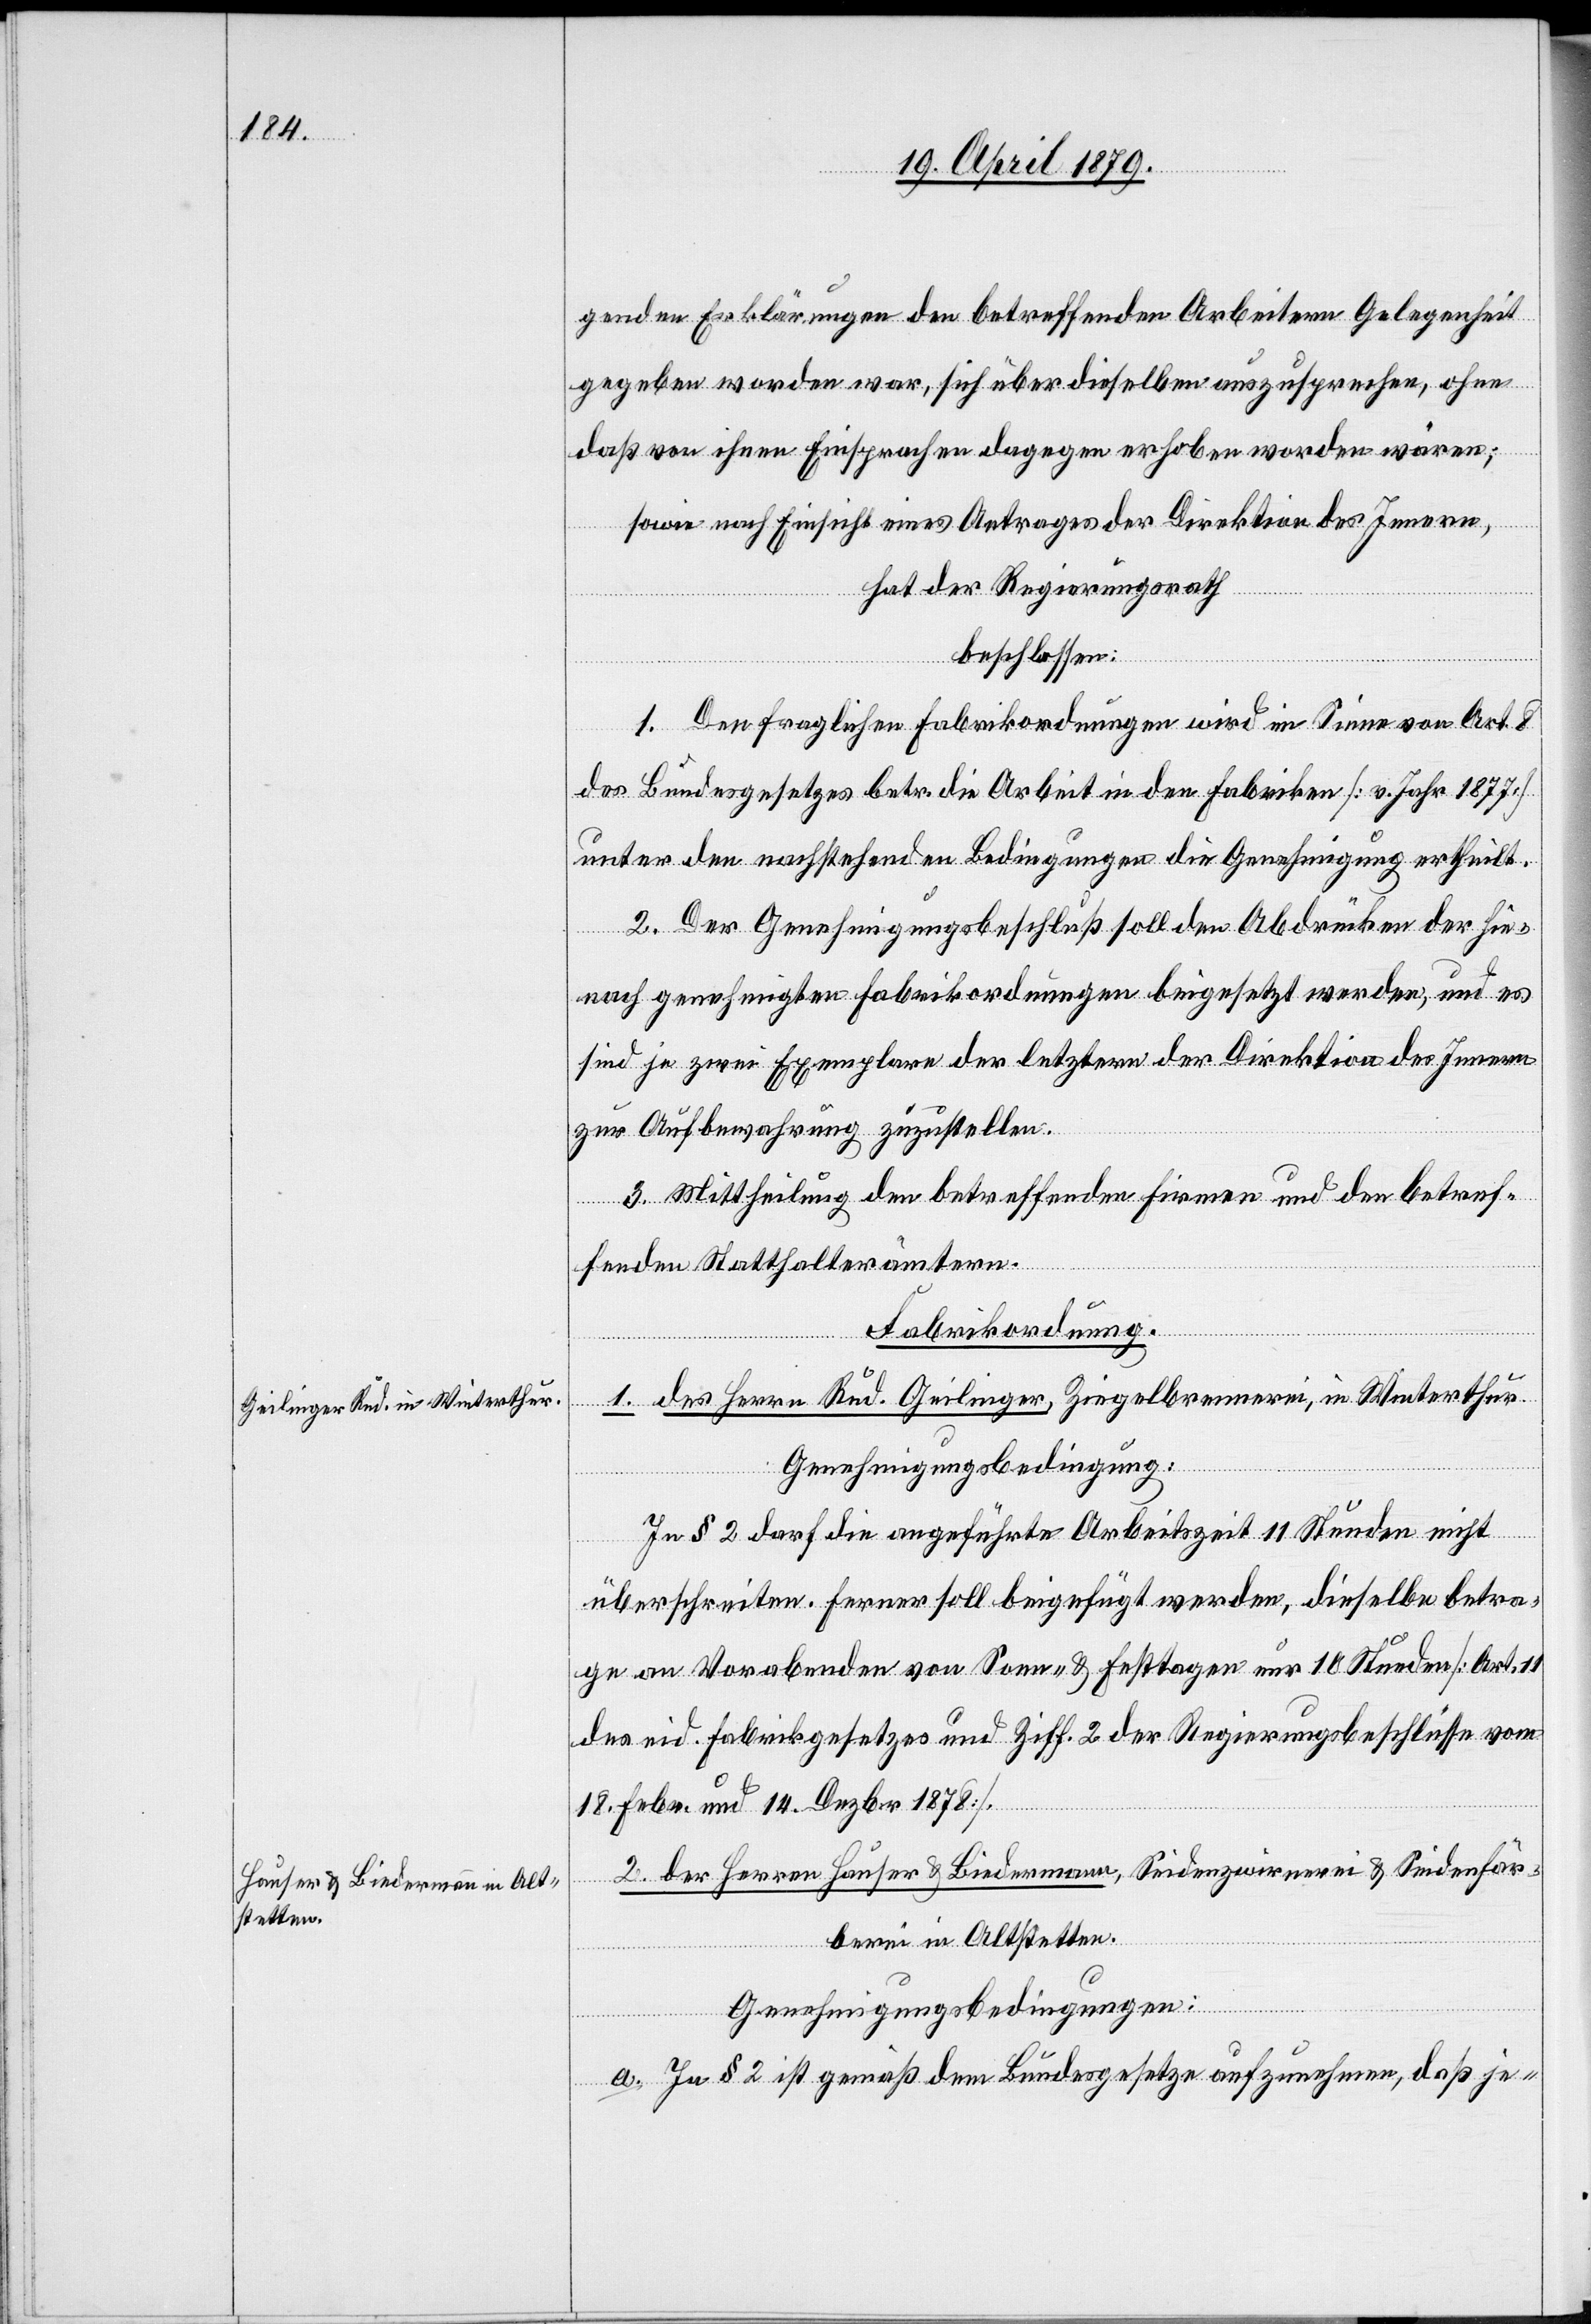
genden Erklärungen den betreffenden Arbeitern Gelegenheit
gegeben worden war, sich über dieselben auszusprechen, ohne
daß von ihnen Einsprachen dagegen erhoben worden wären;
sowie nach Einsicht eines Antrages der Direktion des Innern,
hat der Regierungsrath
beschlossen:
1. Den fraglichen Fabrikordnungen wird im Sinne von Art. 8
des Bundesgesetzes betr. die Arbeit in den Fabriken [v. Jahr 1877]
unter den nachstehenden Bedingungen die Genehmigung ertheilt.
2. Der Genehmigungsbeschluß soll den Abdrücken der hie¬
nach genehmigten Fabrikordnungen beigesetzt werden, und es
sind je zwei Exemplare der letztern der Direktion des Innern
zur Aufbewahrung zuzustellen.
Fabrikordnung.
1. des Herrn Rud. Geilinger, Ziegelbrennerei, in Winterthur.
Genehmigungsbedingung:
In § 2 darf die angeführte Arbeitszeit 11 Stunden nicht
überschreiten. Ferner soll beigefügt werden, dieselbe betra¬
ge an Vorabenden von Sonn- & Festtagen nur 10 Stunden [Art. 11
des eid. Fabrikgesetzes und Ziff. 2 der Regierungsbeschlüsse vom
18. Febr. und 14. Dezbr. 1878].
2. der Herren Hauser & Biedermann, Seidenzwirnerei & Seidenfär¬
berei in Altstetten.
Genehmigungsbedingungen:
a. In § 2 ist gemäß dem Bundesgesetze aufzunehmen, daß je-